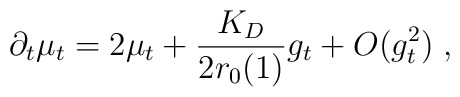
\partial_t \mu_t = 2 \mu_t + \frac{K_D}{2 r_0 ( 1)} g_t + O ( g_t^2 ) \; ,